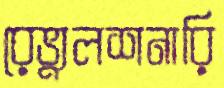
রেভ্যুলশনারি